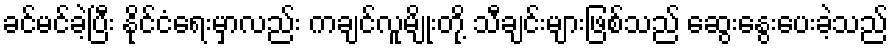
ခင်မင်ခဲ့ပြီး နိုင်ငံရေးမှာလည်း ကချင်လူမျိုးတို့ သီချင်းများဖြစ်သည် ဆွေးနွေးပေးခဲ့သည်